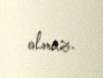
olmaz.